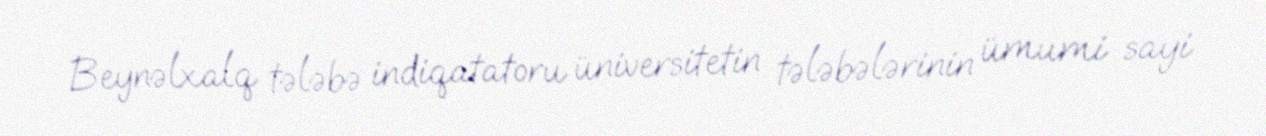
Beynəlxalq tələbə indiqatatoru üniversitetin tələbələrinin ümumi sayi